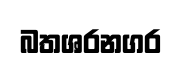
බතශරනගර